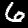
Digit: 6